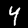
Label: 4